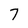
Character: 7